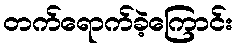
တက်ရောက်ခဲ့ကြောင်း